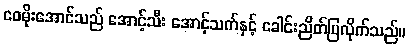
ဝေမိုးအောင်သည် အောင့်သီး အောင့်သက်နှင့် ခေါင်းညိတ်ပြလိုက်သည်။